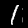
Label: 1